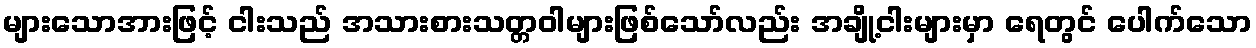
များသောအားဖြင့် ငါးသည် အသားစားသတ္တဝါများဖြစ်သော်လည်း အချို့ငါးများမှာ ရေတွင် ပေါက်သော